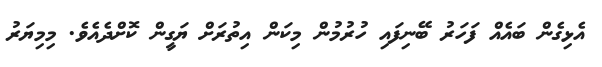
އެޅިގެން ބައެއް ފަހަރު ބޭނިފައި ހުރުމުން މިކަން އިތުރަށް ޔަގީން ކޮށްދެއެވެ. މިމިޔަރު